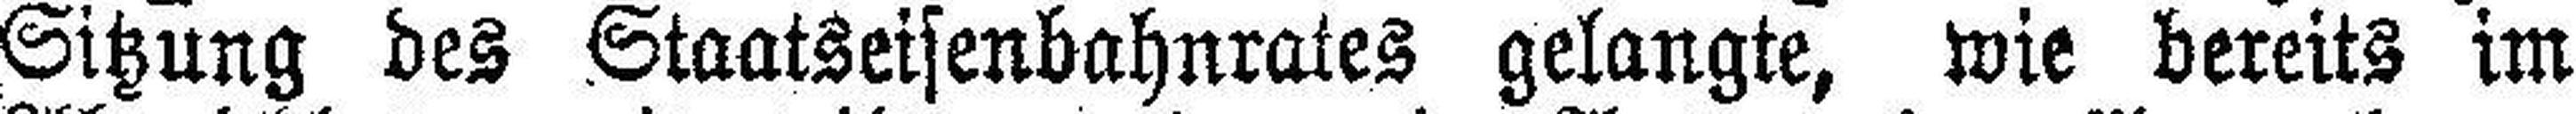
Sitzung des Staatseisenbahnrates gelangte, wie bereits im